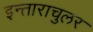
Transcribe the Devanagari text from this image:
इन्ताराचुलर